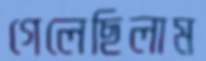
গেলেছিলাম